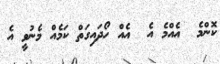
ކޮންމެ  އެއްމެ އެ  އެއް ހޯދައިގަތް ކަމެއް މެނުވީ އެ